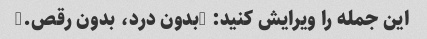
این جمله را ویرایش کنید: "بدون درد، بدون رقص."